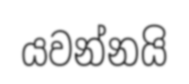
යවන්නයි